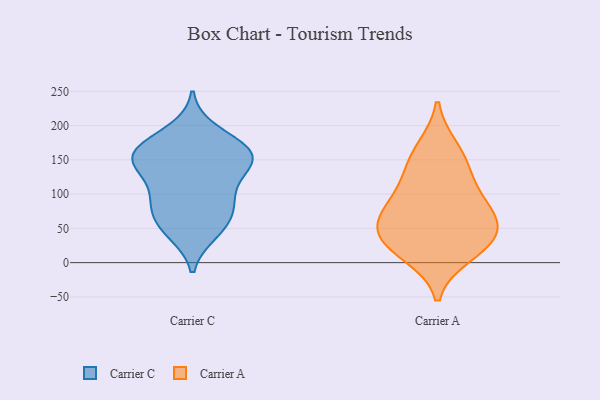
{"axis": {"x": "Humidity (%)", "y": "Value"}, "legend": ["Carrier A", "Carrier C"], "data": [{"x": "", "y": 163, "type": "Carrier C"}, {"x": "", "y": 143, "type": "Carrier C"}, {"x": "", "y": 138, "type": "Carrier C"}, {"x": "", "y": 62, "type": "Carrier C"}, {"x": "", "y": 106, "type": "Carrier C"}, {"x": "", "y": 97, "type": "Carrier C"}, {"x": "", "y": 161, "type": "Carrier C"}, {"x": "", "y": 157, "type": "Carrier C"}, {"x": "", "y": 85, "type": "Carrier C"}, {"x": "", "y": 192, "type": "Carrier C"}, {"x": "", "y": 44, "type": "Carrier C"}, {"x": "", "y": 77, "type": "Carrier C"}, {"x": "", "y": 141, "type": "Carrier C"}, {"x": "", "y": 48, "type": "Carrier C"}, {"x": "", "y": 159, "type": "Carrier C"}, {"x": "", "y": 171, "type": "Carrier C"}, {"x": "", "y": 166, "type": "Carrier A"}, {"x": "", "y": 79, "type": "Carrier A"}, {"x": "", "y": 78, "type": "Carrier A"}, {"x": "", "y": 40, "type": "Carrier A"}, {"x": "", "y": 31, "type": "Carrier A"}, {"x": "", "y": 13, "type": "Carrier A"}, {"x": "", "y": 34, "type": "Carrier A"}, {"x": "", "y": 143, "type": "Carrier A"}, {"x": "", "y": 116, "type": "Carrier A"}, {"x": "", "y": 65, "type": "Carrier A"}]}